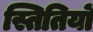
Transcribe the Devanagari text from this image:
स्तितियों